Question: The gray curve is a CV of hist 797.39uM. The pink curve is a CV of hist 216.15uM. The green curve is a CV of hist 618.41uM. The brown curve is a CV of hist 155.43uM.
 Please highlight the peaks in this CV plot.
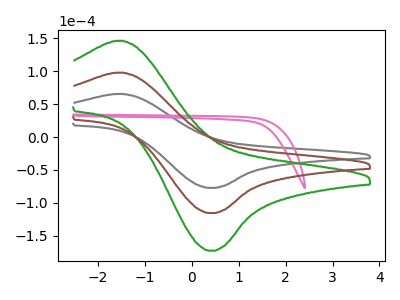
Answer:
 <answer>The gray curve "hist 797.39uM" has an anodic peak at (-1.50V, 65.55uA) and a cathodic peak at (0.40V, -77.45uA). The pink curve "hist 216.15uM" has no peaks. The green curve "hist 618.41uM" has an anodic peak at (-1.50V, 195.95uA) and a cathodic peak at (0.40V, -231.45uA). The brown curve "hist 155.43uM" has an anodic peak at (-1.50V, 97.95uA) and a cathodic peak at (0.40V, -115.70uA).</answer>
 <eval></eval>